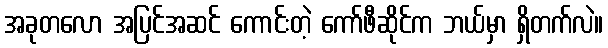
အခုတလော အပြင်အဆင် ကောင်းတဲ့ ကော်ဖီဆိုင်က ဘယ်မှာ ရှိတက်လဲ။